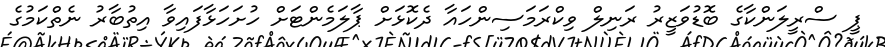
ޕީ ސްރީލަންކާގެ ބޮޑުވަޒީރު ރަނިލް ވިކްރަމަސިންހައާ ދެކޮޅަށް ޕާލަމެންޓަށް ހުށަހަޅާފައިވާ އިތުބާރު ނެތްކަމުގެ